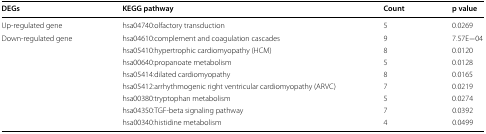
<table><thead><tr><td><b>DEGs</b></td><td><b>KEGG pathway</b></td><td><b>Count</b></td><td><b>p value</b></td></tr></thead><tbody><tr><td>Up-regulated gene</td><td>hsa04740:olfactory transduction</td><td>5</td><td>0.0269</td></tr><tr><td rowspan="8">Down-regulated gene</td><td>hsa04610:complement and coagulation cascades</td><td>9</td><td>7.57E−04</td></tr><tr><td>hsa05410:hypertrophic cardiomyopathy (HCM)</td><td>8</td><td>0.0120</td></tr><tr><td>hsa00640:propanoate metabolism</td><td>5</td><td>0.0128</td></tr><tr><td>hsa05414:dilated cardiomyopathy</td><td>8</td><td>0.0165</td></tr><tr><td>hsa05412:arrhythmogenic right ventricular cardiomyopathy (ARVC)</td><td>7</td><td>0.0219</td></tr><tr><td>hsa00380:tryptophan metabolism</td><td>5</td><td>0.0274</td></tr><tr><td>hsa04350:TGF-beta signaling pathway</td><td>7</td><td>0.0392</td></tr><tr><td>hsa00340:histidine metabolism</td><td>4</td><td>0.0499</td></tr></tbody></table>